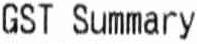
GST SUMMARY